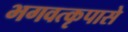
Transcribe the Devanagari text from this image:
भगवत्‍कृपासे